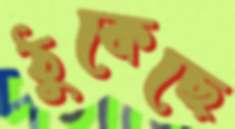
ঠুকেছে